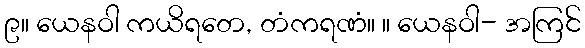
၉။ ယေနဝါ ကယိရတေ, တံကရဏံ။ ။ ယေနဝါ- အကြင်